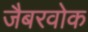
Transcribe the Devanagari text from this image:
जैबरवोक